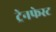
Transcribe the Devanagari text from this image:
ट्रेनफेस्ट